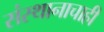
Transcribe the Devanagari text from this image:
संस्थानाचाही